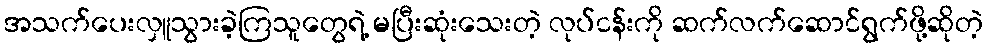
အသက်ပေးလှူသွားခဲ့ကြသူတွေရဲ့ မပြီးဆုံးသေးတဲ့ လုပ်ငန်းကို ဆက်လက်ဆောင်ရွက်ဖို့ဆိုတဲ့